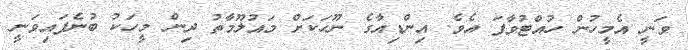
ވަނީ އެމީހުން ހުއްޓުވާފަ އެވެ. އިންޑިއާގެ ނޫހަކަށް މައުލޫމާތު ދިން މީހަކު ބުނެފައިވަނީ